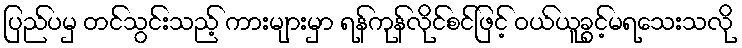
ပြည်ပမှ တင်သွင်းသည့် ကားများမှာ ရန်ကုန်လိုင်စင်ဖြင့် ဝယ်ယူခွင့်မရသေးသလို